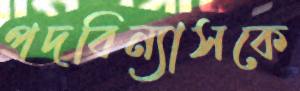
পদবিন্যাসকে